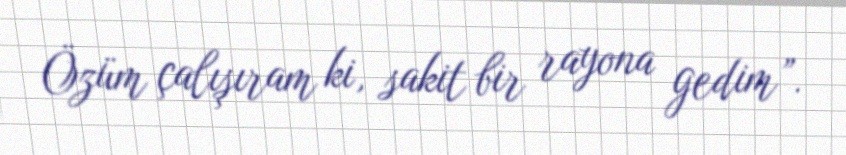
Özüm çalışıram ki, sakit bir rayona gedim”.